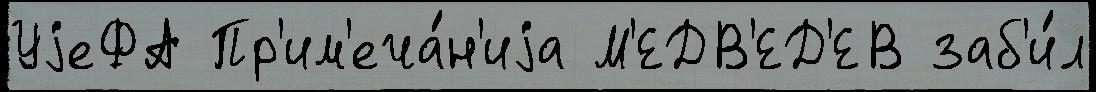
УjеФА Пр'им'еча́н'иjа М'ЕДВ'ЕД'ЕВ заб'и́л